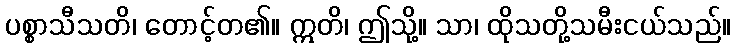
ပစ္စာသီသတိ၊ တောင့်တ၏။ ဣတိ၊ ဤသို့။ သာ၊ ထိုသတို့သမီးငယ်သည်။